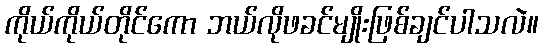
ကိုယ်ကိုယ်တိုင်ကော ဘယ်လိုဖခင်မျိုးဖြစ်ချင်ပါသလဲ။